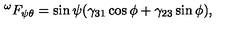
^ { \omega } F _ { \psi \theta } = \sin \psi ( \gamma _ { 3 1 } \cos \phi + \gamma _ { 2 3 } \sin \phi ) ,